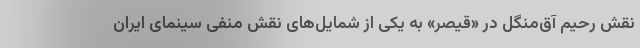
نقش رحیم آق‌منگل در «قیصر» به یکی از شمایل‌های نقش منفی سینمای ایران